Annual report of the Imperial Bacteriologist
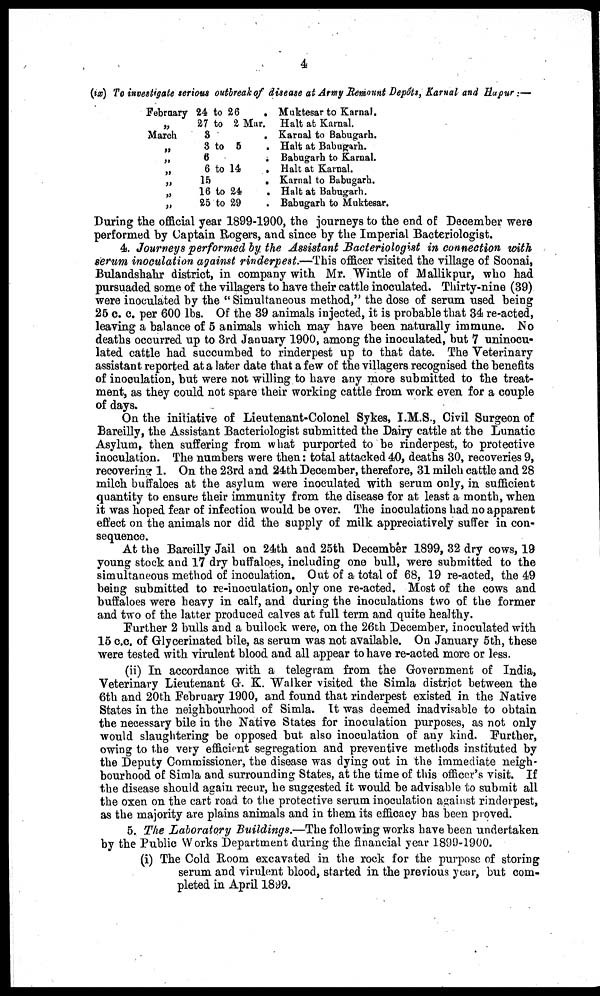
4
(ix) To investigate serious outbreak of disease at Army Remount Depôts, Karnal and Hapur :—
February
„
March
„
„
„
„
„
„
24 to 26 .
27 to 2 Mar.
3 .
3 to 5 .
6 .
6 to 14 .
15 .
16 to 24 .
25 to 29 .
Muktesar to Karnal.
Halt at Karnal.
Karnal to Babugarh.
Halt at Babugarh.
Babugarh to Karnal.
Halt at Karnal.
Karnal to Babugarh.
Halt at Babugarh.
Babugarh to Muktesar.
During the official year 1899-1900, the journeys to the end of December were
performed by Captain Rogers, and since by the Imperial Bacteriologist.
4. Journeys performed by the Assistant Bacteriologist in connection with
serum inoculation against rinderpest.—This officer visited the village of Soonai,
Bulandshahr district, in company with Mr. Wintle of Mallikpur, who had
pursuaded some of the villagers to have their cattle inoculated. Thirty-nine (39)
were inoculated by the " Simultaneous method," the dose of serum used being
25 c. c. per 600 lbs. Of the 39 animals injected, it is probable that 34 re-acted,
leaving a balance of 5 animals which may have been naturally immune. No
deaths occurred up to 3rd January 1900, among the inoculated, but 7 uninocu¬
lated cattle had succumbed to rinderpest up to that date. The Veterinary
assistant reported at a later date that a few of the villagers recognised the benefits
of inoculation, but were not willing to have any more submitted to the treat-
ment, as they could not spare their working cattle from work even for a couple
of days.
On the initiative of Lieutenant-Colonel Sykes, I.M.S., Civil Surgeon of
Bareilly, the Assistant Bacteriologist submitted the Dairy cattle at the Lunatic
Asylum, then suffering from what purported to be rinderpest, to protective
inoculation. The numbers were then: total attacked 40, deaths 30, recoveries 9,
recovering 1. On the 23rd and 24th December, therefore, 31 milch cattle and 28
milch buffaloes at the asylum were inoculated with serum only, in sufficient
quantity to ensure their immunity from the disease for at least a month, when
it was hoped fear of infection would be over. The inoculations had no apparent
effect on the animals nor did the supply of milk appreciatively suffer in con-
sequence.
At the Bareilly Jail on 24th and 25th December 1899, 32 dry cows, 19
young stock and 17 dry buffaloes, including one bull, were submitted to the
simultaneous method of inoculation. Out of a total of 68, 19 re-acted, the 49
being submitted to re-inoculation, only one re-acted. Most of the cows and
buffaloes were heavy in calf, and during the inoculations two of the former
and two of the latter produced calves at full term and quite healthy.
Further 2 bulls and a bullock were, on the 26th December, inoculated with
15 c.c. of Glycerinated bile, as serum was not available. On January 5th, these
were tested with virulent blood and all appear to have re-acted more or less.
(ii) In accordance with a telegram from the Government of India,
Veterinary Lieutenant G. K. Walker visited the Simla district between the
6th and 20th February 1900, and found that rinderpest existed in the Native
States in the neighbourhood of Simla. It was deemed inadvisable to obtain
the necessary bile in the Native States for inoculation purposes, as not only
would slaughtering be opposed but also inoculation of any kind. Further,
owing to the very efficient segregation and preventive methods instituted by
the Deputy Commissioner, the disease was dying out in the immediate neigh-
bourhood of Simla and surrounding States, at the time of this officer's visit. If
the disease should again recur, he suggested it would be advisable to submit all
the oxen on the cart road to the protective serum inoculation against rinderpest,
as the majority are plains animals and in them its efficacy has been proved.
5. The Laboratory Buildings.—The following works have been undertaken
by the Public Works Department during the financial year 1899-1900.
(i) The Cold Room excavated in the rock for the purpose of storing
serum and virulent blood, started in the previous year, but com-
pleted in April 1899.